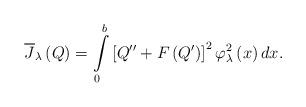
LaTeX: \begin{align*}\overline{J}_{\lambda }\left( Q\right) =\int\limits_{0}^{b}\left[ Q^{\prime\prime }+F\left( Q^{\prime }\right) \right] ^{2}\varphi _{\lambda}^{2}\left( x\right) dx. \end{align*}